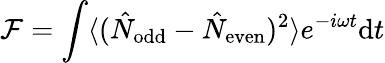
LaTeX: \mathcal{F}=\int\langle(\hat{N}_{\mathrm{odd}}-\hat{N}_{\mathrm{even}})^{2}\rangle e^{-i\omega t}\mathrm{d}t